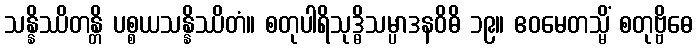
သန္နိဿိတန္တိ ပစ္စယသန္နိဿိတံ။ စတုပါရိသုဒ္ဓိသမ္ပာဒနဝိဓိ ၁၉။ ဧဝမေတသ္မိံ စတုဗ္ဗိဓေ